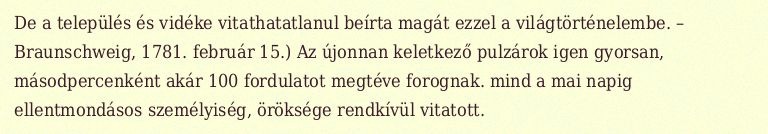
De a település és vidéke vitathatatlanul beírta magát ezzel a világtörténelembe. – Braunschweig, 1781. február 15.) Az újonnan keletkező pulzárok igen gyorsan, másodpercenként akár 100 fordulatot megtéve forognak. mind a mai napig ellentmondásos személyiség, öröksége rendkívül vitatott.